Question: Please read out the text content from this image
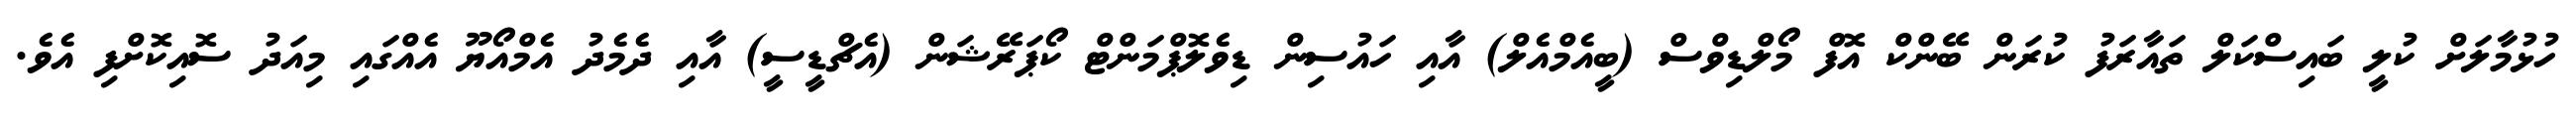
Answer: ހުޅުމާލަށް ކުލީ ބައިސްކަލް ތައާރަފު ކުރަން ބޭންކް އޮފް މޯލްޑިވްސް (ބީއެމްއެލް) އާއި ހައުސިން ޑިވެލޮޕްމަންޓް ކޯޕަރޭޝަން (އެޗްޑީސީ) އާއި ދެމެދު އެމްއޯޔޫ އެއްގައި މިއަދު ސޮއިކޮށްފި އެވެ.